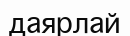
даярлай